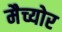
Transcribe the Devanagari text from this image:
मैच्योर